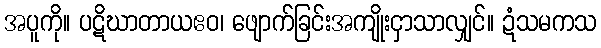
အပူကို။ ပဋိဃာတာယဧဝ၊ ဖျောက်ခြင်းအကျိုးငှာသာလျှင်။ ဍံသမကသ